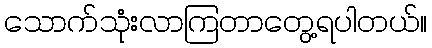
သောက်သုံးလာကြတာတွေ့ရပါတယ်။